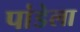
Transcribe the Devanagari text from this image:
पांडेला